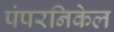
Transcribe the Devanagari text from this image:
पंपरनिकेल